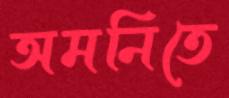
অমনিতে